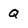
Character: Q